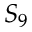
S _ { 9 }